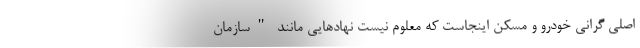
اصلی گرانی خودرو و مسکن اینجاست که معلوم نیست نهادهایی مانند "سازمان